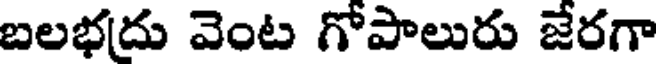
బలభదు వెంట గోపాలురు జేరగా